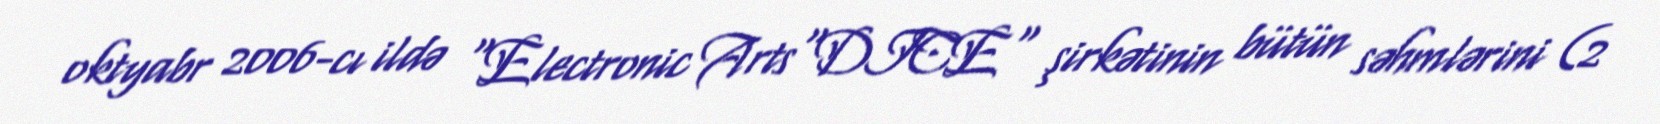
oktyabr 2006-cı ildə "Electronic Arts"DICE" şirkətinin bütün səhmlərini (2